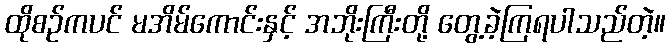
ထိုစဉ်ကပင် မအိမ်ကောင်းနှင့် အဘိုးကြီးတို့ တွေ့ခဲ့ကြရပါသည်တဲ့။